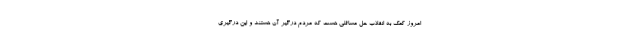
امروز کمک به انقلاب حل مسائلی هست که مردم درگیر آن هستند و این درگیری